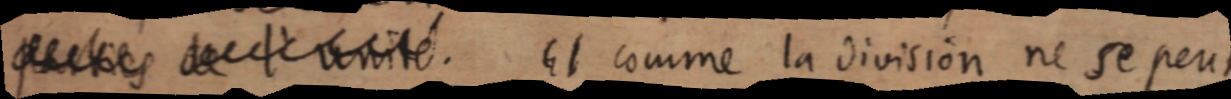
qeulques de l’unité. Et comme la division ne se peut